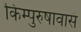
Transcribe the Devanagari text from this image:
किम्पुरुषावासं